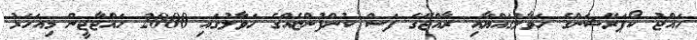
ހައްޖު ކޯޕަރޭޝަންގެ ހަވާލުގައްޔާއި ރާއްޖޭގެ ފަސް ކުންފުންޏެއްގެ ހަވާލުގައި 2000 ހައްޖާޖީން މިއަހަރު